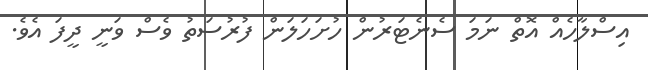
އިސްލާހެއް އޮތް ނަމަ ސެނެޓަރުން ހުށަހަލަން ފުރުސަތު ވެސް ވަނީ ދީފަ އެވެ.